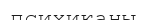
психиканы